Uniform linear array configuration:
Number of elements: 48
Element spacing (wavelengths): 1
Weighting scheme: binomial
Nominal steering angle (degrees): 60
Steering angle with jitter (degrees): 60.894
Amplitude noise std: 0.05
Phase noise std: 0.05

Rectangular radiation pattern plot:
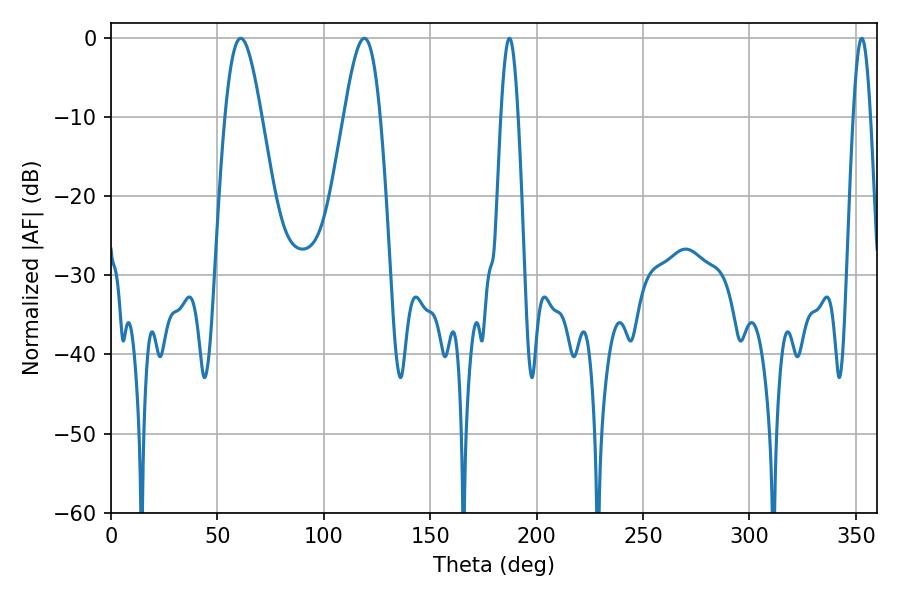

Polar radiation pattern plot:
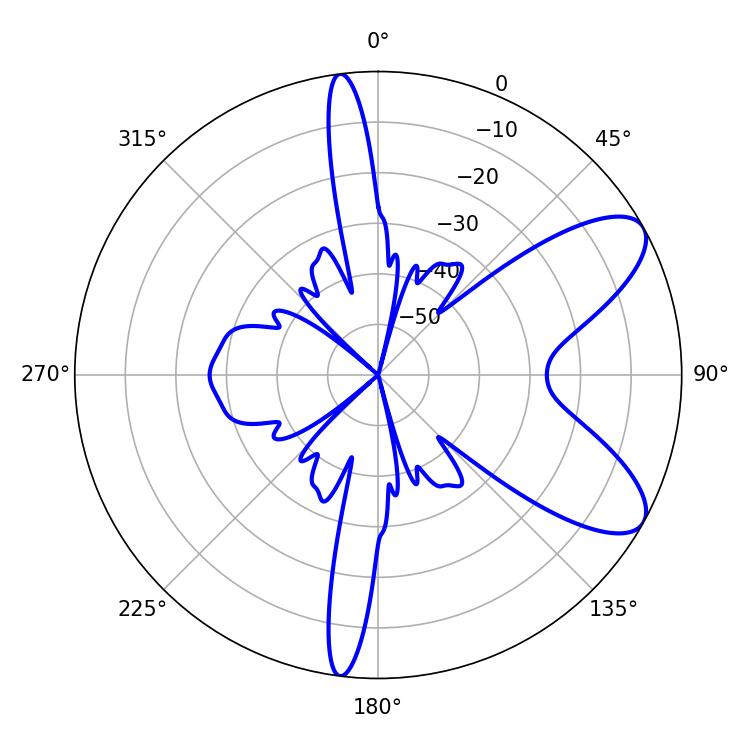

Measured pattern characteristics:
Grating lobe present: TRUE
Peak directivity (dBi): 8.41
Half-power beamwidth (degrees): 4.32
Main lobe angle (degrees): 187.2